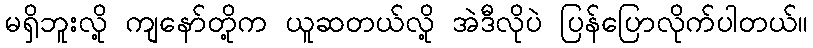
မရှိဘူးလို့ ကျနော်တို့က ယူဆတယ်လို့ အဲဒီလိုပဲ ပြန်ပြောလိုက်ပါတယ်။